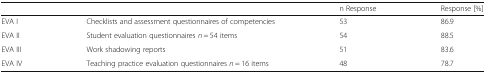
<table><thead><tr><td></td><td></td><td><b>n Response</b></td><td><b>Response [%]</b></td></tr></thead><tbody><tr><td>EVA I</td><td>Checklists and assessment questionnaires of competencies</td><td>53</td><td>86.9</td></tr><tr><td>EVA II</td><td>Student evaluation questionnaires <i>n</i> = 54 items</td><td>54</td><td>88.5</td></tr><tr><td>EVA III</td><td>Work shadowing reports</td><td>51</td><td>83.6</td></tr><tr><td>EVA IV</td><td>Teaching practice evaluation questionnaires <i>n</i> = 16 items</td><td>48</td><td>78.7</td></tr></tbody></table>